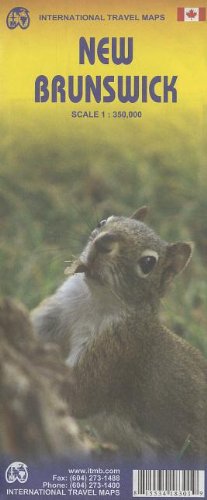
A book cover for New Brunswick 1:350,000 Travel Map (International Travel Maps); ITM Canada; Travel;